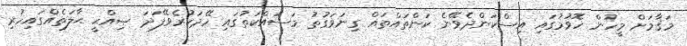
މަޤާމަށް މީހުން ހޮވުމުގައި އިސްކަންދެވޭނެ ކަންތައްތައް ގިނަވަގުތު މަސައްކަތުގައި ހޭދަކުރެވޭފަދަ ޞިއްޙީ ޙާލަތެއްގައިހުރި